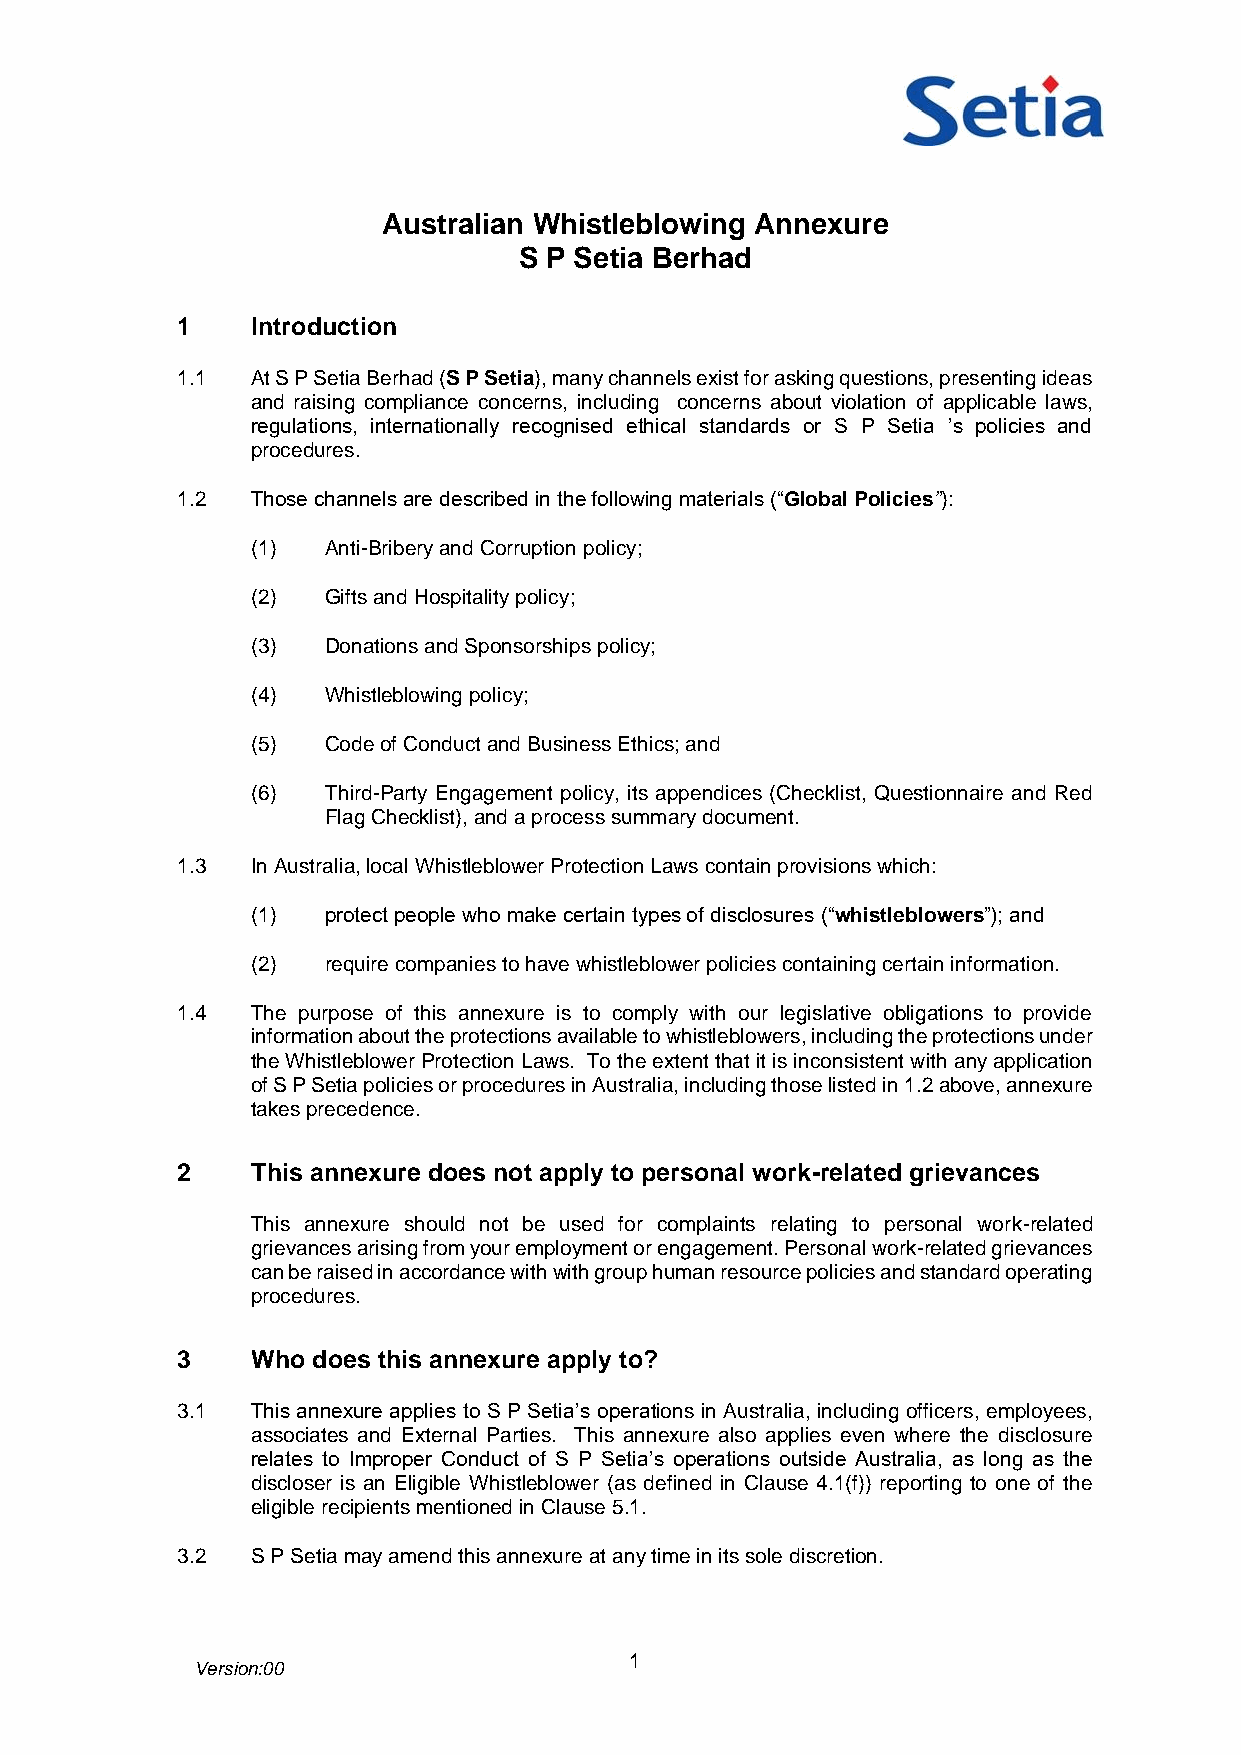
Australian Whistleblowing Annexure
 S P Setia Berhad
 1    Introduction
 1.1  At S P Setia Berhad (S P Setia), many channels exist for asking questions, presenting ideas
 and raising compliance concerns, including concerns about violation of applicable laws,
 regulations, internationally recognised ethical standards or S P Setia ’s policies and
 procedures.
 1.2  Those channels are described in the following materials (“Global Policies”):
 (1)  Anti-Bribery and Corruption policy;
 (2)  Gifts and Hospitality policy;
 (3)  Donations and Sponsorships policy;
 (4)  Whistleblowing policy;
 (5)  Code of Conduct and Business Ethics; and
 (6)  Third-Party Engagement policy, its appendices (Checklist, Questionnaire and Red
 Flag Checklist), and a process summary document.
 1.3  In Australia, local Whistleblower Protection Laws contain provisions which:
 (1)  protect people who make certain types of disclosures (“whistleblowers”); and
 (2)  require companies to have whistleblower policies containing certain information.
 1.4  The purpose of this annexure is to comply with our legislative obligations to provide
 information about the protections available to whistleblowers, including the protections under
 the Whistleblower Protection Laws. To the extent that it is inconsistent with any application
 of S P Setia policies or procedures in Australia, including those listed in 1.2 above, annexure
 takes precedence.
 2    This annexure does not apply to personal work-related grievances
 This annexure should not be used for complaints relating to personal work-related
 grievances arising from your employment or engagement. Personal work-related grievances
 can be raised in accordance with with group human resource policies and standard operating
 procedures.
 3    Who does this annexure apply to?
 3.1  This annexure applies to S P Setia’s operations in Australia, including officers, employees,
 associates and External Parties. This annexure also applies even where the disclosure
 relates to Improper Conduct of S P Setia’s operations outside Australia, as long as the
 discloser is an Eligible Whistleblower (as defined in Clause 4.1(f)) reporting to one of the
 eligible recipients mentioned in Clause 5.1.
 3.2  S P Setia may amend this annexure at any time in its sole discretion.
 1
 Version:00